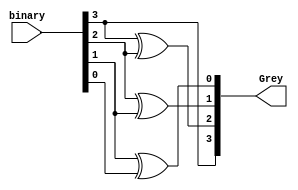
module binary_grey(input [3:0] binary, //binary input
         output [3:0] Grey //gray code output
        );

//xor gates.
assign Grey[3] = binary[3];
assign Grey[2] = binary[3] ^ binary[2];
assign Grey[1] = binary[2] ^ binary[1];
assign Grey[0] = binary[1] ^ binary[0];

endmodule